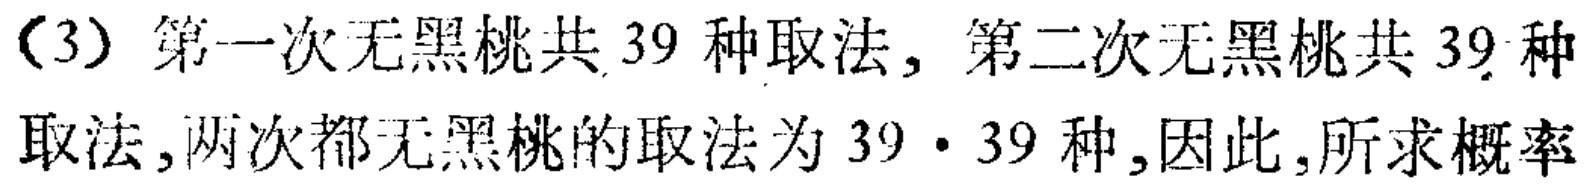
(3) 第一次无黑桃共 39 种取法, 第二次无黑桃共 39 种取法,两次都无黑桃的取法为 \(39\cdot39\) 种,因此,所求概率